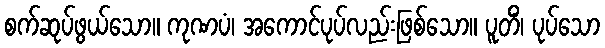
စက်ဆုပ်ဖွယ်သော။ ကုဏပံ၊ အကောင်ပုပ်လည်းဖြစ်သော။ ပူတိံ၊ ပုပ်သော